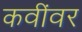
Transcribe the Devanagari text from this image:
कवींवर